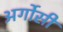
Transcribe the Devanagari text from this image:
अर्गोसी